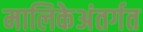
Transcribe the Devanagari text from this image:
मालिकेअंतर्गत